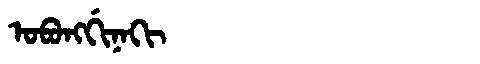
Manchu: ᠣᠪᠣᠩᡤᡳᠨᠠᡴᡳ
Romanization: OBONGGINAKI